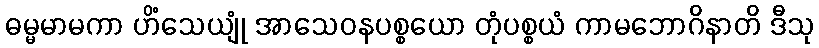
ဓမ္မမာမကာ ဟိံသေယျုံ အာသေဝနပစ္စယော တုံပစ္စယံ ကာမဘောဂိနာတိ ဒီသု